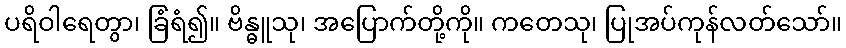
ပရိဝါရေတွာ၊ ခြံရံ၍။ ဗိန္ဓူသု၊ အပြောက်တို့ကို။ ကတေသု၊ ပြုအပ်ကုန်လတ်သော်။